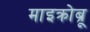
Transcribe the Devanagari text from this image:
माइक्रोब्रू